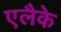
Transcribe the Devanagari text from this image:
एलैके